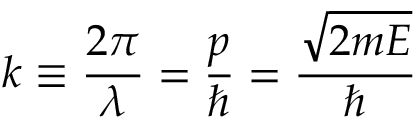
k \equiv { \frac { 2 \pi } { \lambda } } = { \frac { p } { \hbar } } = { \frac { \sqrt { 2 m E } } { \hbar } }